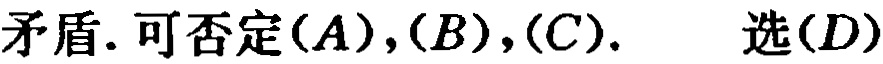
矛盾. 可否定\((A),(B),(C).\) 选\((D)\)